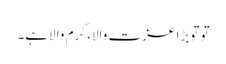
تو توبڑا عزت والا، کرم والاہے۔